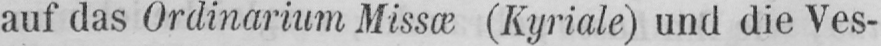
auf das Ordinarium Missæ (Kyriale) und die Ves-